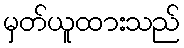
မှတ်ယူထားသည်